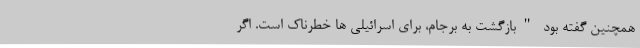
همچنین گفته بود "بازگشت به برجام، برای اسرائیلی ها خطرناک است. اگر